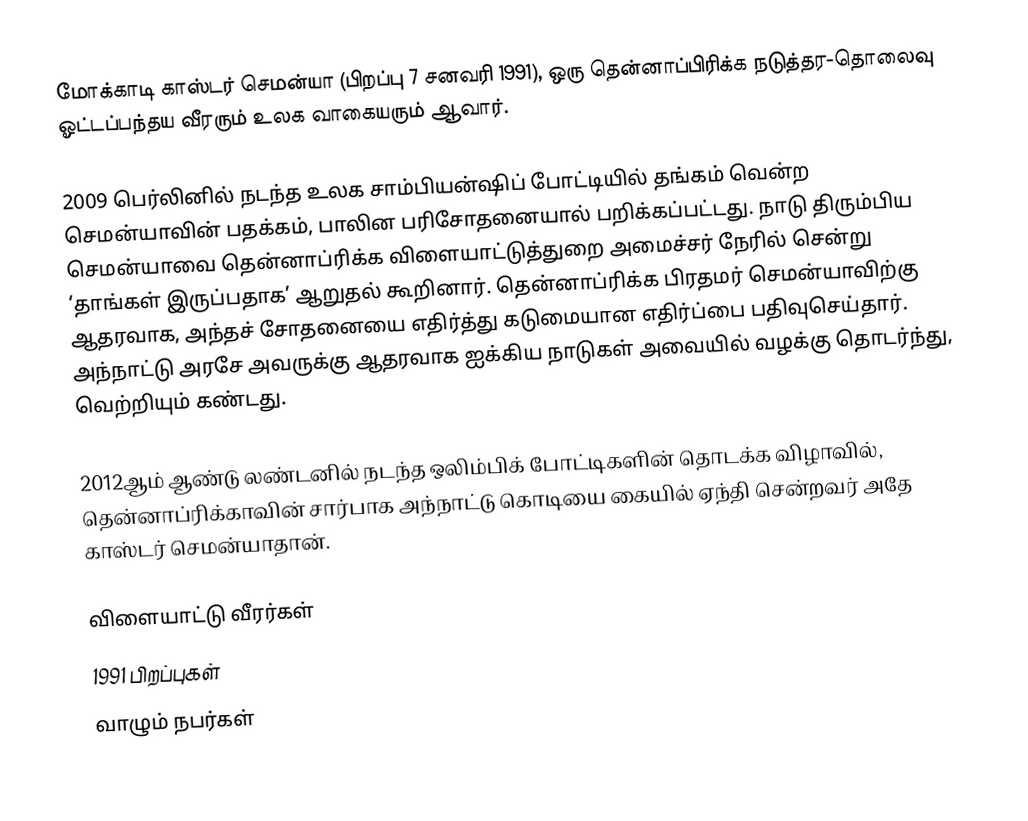
மோக்காடி காஸ்டர் செமன்யா (பிறப்பு 7 சனவரி 1991), ஒரு தென்னாப்பிரிக்க நடுத்தர-தொலைவு ஓட்டப்பந்தய வீரரும் உலக வாகையரும் ஆவார்.

2009 பெர்லினில் நடந்த உலக சாம்பியன்ஷிப் போட்டியில் தங்கம் வென்ற செமன்யாவின் பதக்கம், பாலின பரிசோதனையால் பறிக்கப்பட்டது. நாடு திரும்பிய செமன்யாவை தென்னாப்ரிக்க விளையாட்டுத்துறை அமைச்சர் நேரில் சென்று ‘தாங்கள் இருப்பதாக’ ஆறுதல் கூறினார். தென்னாப்ரிக்க பிரதமர் செமன்யாவிற்கு ஆதரவாக, அந்தச் சோதனையை எதிர்த்து கடுமையான எதிர்ப்பை பதிவுசெய்தார். அந்நாட்டு அரசே அவருக்கு ஆதரவாக ஐக்கிய நாடுகள் அவையில் வழக்கு தொடர்ந்து, வெற்றியும் கண்டது.

2012ஆம் ஆண்டு லண்டனில் நடந்த ஒலிம்பிக் போட்டிகளின் தொடக்க விழாவில், தென்னாப்ரிக்காவின் சார்பாக அந்நாட்டு கொடியை கையில் ஏந்தி சென்றவர் அதே காஸ்டர் செமன்யாதான்.

விளையாட்டு வீரர்கள்
1991 பிறப்புகள்
வாழும் நபர்கள்